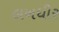
લખધીર